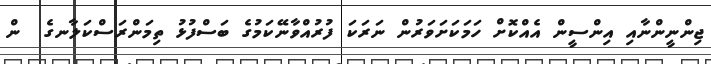
ޖިންނީންނާއި އިންސީން އެއްކޮށް ހަމަކަށަވަރުން ނަރަކަ ފުރުއްވާނޭކަމުގެ ބަސްފުޅު ތިމަންރަސްކަލާނގެ  ން